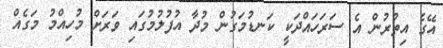
އޭގެ އިތުރުން އެ ސަރަހައްދަކީ ކަނޑުމަގުން މުދާ އުފުލުމުގައި ވަރަށް މުހިއްމު މަގެއް